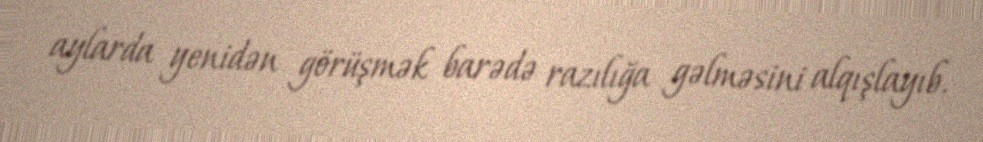
aylarda yenidən görüşmək barədə razılığa gəlməsini alqışlayıb.